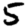
Digit: 5